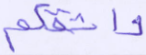
واثقكم